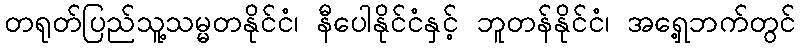
တရုတ်ပြည်သူ့သမ္မတနိုင်ငံ၊ နီပေါနိုင်ငံနှင့် ဘူတန်နိုင်ငံ၊ အရှေ့ဘက်တွင်